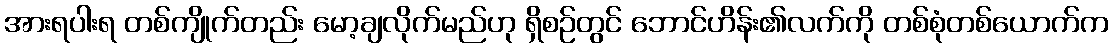
အားရပါးရ တစ်ကျိုက်တည်း မော့ချလိုက်မည်ဟု ရှိစဉ်တွင် ဘောင်ဟိန်း၏လက်ကို တစ်စုံတစ်ယောက်က